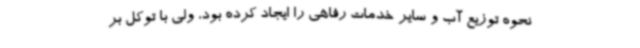
نحوه توزیع آب و سایر خدمات رفاهی را ایجاد کرده بود، ولی با توکل بر